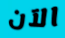
الآن